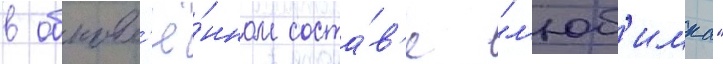
в обновл'ё́нном соста́в'е "л'юб'имка"